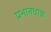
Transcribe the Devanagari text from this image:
प्रभानधाक